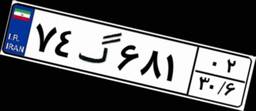
۹۷گ۶۶۹۴۷